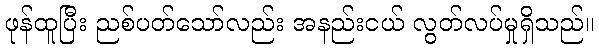
ဖုန်ထူပြီး ညစ်ပတ်သော်လည်း အနည်းငယ် လွတ်လပ်မှုရှိသည်။